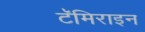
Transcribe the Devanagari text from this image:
टॅमिराइन